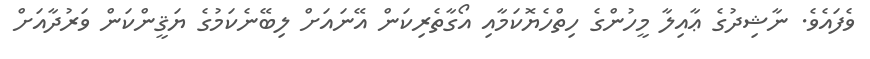
ވެފައެވެ. ނާޝިދުގެ ޢާއިލާ މީހުންގެ ހިތްހެޔޮކަމާއި އޯގާތެރިކަން އޭނައަށް ލިބޭނެކަމުގެ ޔަޤީންކަން ވަރުދާއަށް